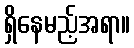
ရှိနေမည့်အရာ။